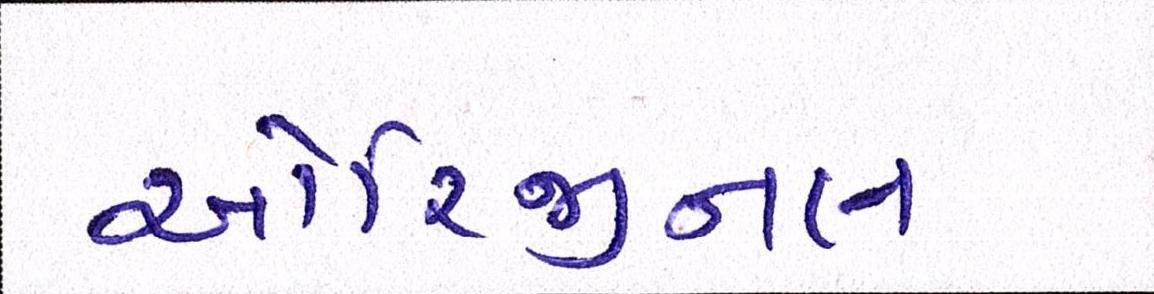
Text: ઓરિજીનલ